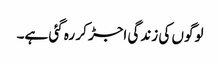
لوگوں کی زندگی اجڑ کر رہ گئی ہے۔